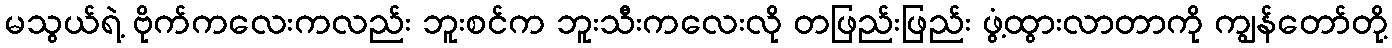
မသွယ်ရဲ့ ဗိုက်ကလေးကလည်း ဘူးစင်က ဘူးသီးကလေးလို တဖြည်းဖြည်း ဖွံ့ထွားလာတာကို ကျွန်တော်တို့